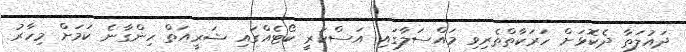
ދައުލަތާ ދެކޮޅަށް ހަރަކާތްތެރިވި މައްސަލާގައި އަސްކަރީ ކޯޓެއްގައި ޝަރީއަތް ހިންގާނެ ކަމަށް މިހާރު